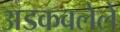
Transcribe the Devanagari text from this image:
अडकवलेले